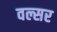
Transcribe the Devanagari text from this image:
वल्सर